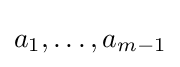
a_{1},\ldots ,a_{m-1}